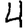
Digit: 4